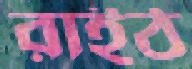
রাইঠ